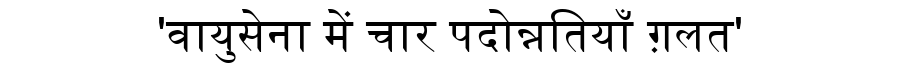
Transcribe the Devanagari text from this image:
'वायुसेना में चार पदोन्नतियाँ ग़लत'